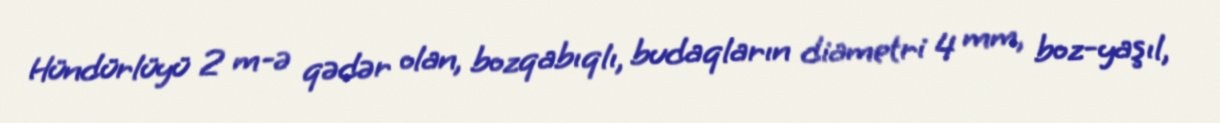
Hündürlüyü 2 m-ə qədər olan, bozqabıqlı, budaqların diametri 4 mm, boz-yaşıl,